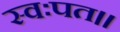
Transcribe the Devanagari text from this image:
स्वःपत॥